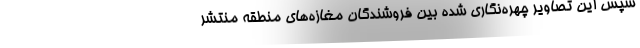
سپس این تصاویر چهره‌نگاری شده بین فروشندگان مغازه‌های منطقه منتشر